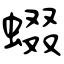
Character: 蝃